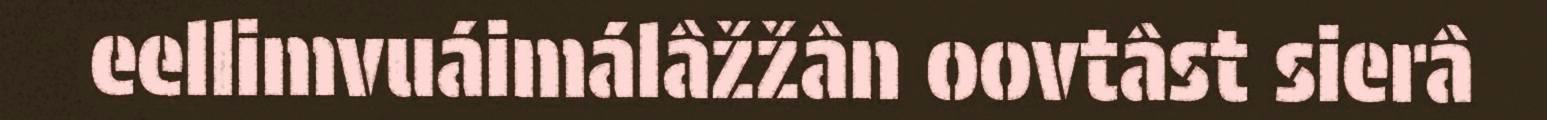
eellimvuáimálâžžân oovtâst sierâ